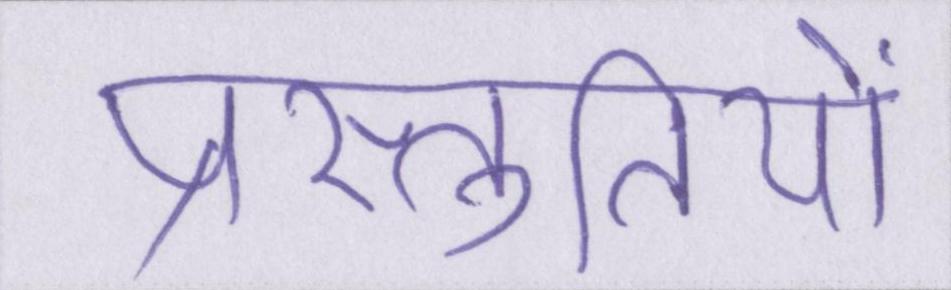
प्रस्तुतियों